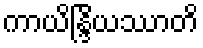
ကာယိန္ဒြိယဿာတိ